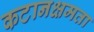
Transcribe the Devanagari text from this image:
कटानक्षमता